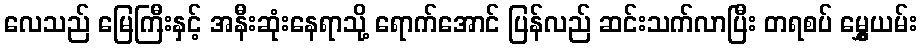
လေသည် မြေကြီးနှင့် အနီးဆုံးနေရာသို့ ရောက်အောင် ပြန်လည် ဆင်းသက်လာပြီး တရစပ် မွှေ့ယမ်း